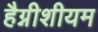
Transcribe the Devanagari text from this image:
हैग्नीशीयम